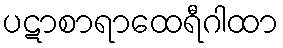
ပဋာစာရာထေရီဂါထာ